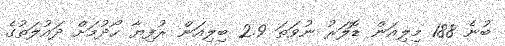
ބުނެ 188 މިލިއަން ޑޮލަރު ނުވަތަ 2.9 ބިލިއަން ރުފިޔާ ހޯދުމަށް ދައުލަތުގެ